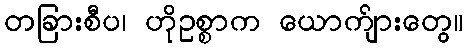
တခြားစီပ၊ ဟိုဥစ္စာက ယောက်ျားတွေ။